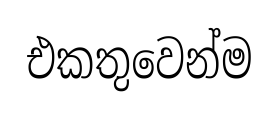
එකතුවෙන්ම